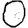
Digit: 0